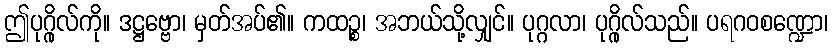
ဤပုဂ္ဂိုလ်ကို။ ဒဋ္ဌဗ္ဗော၊ မှတ်အပ်၏။ ကထဉ္စ၊ အဘယ်သို့လျှင်။ ပုဂ္ဂလာ၊ ပုဂ္ဂိုလ်သည်။ ပရဂဝစဏ္ဍော၊